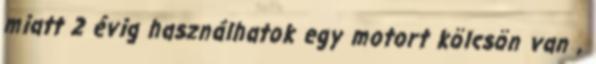
miatt 2 évig használhatok egy motort kölcsön van ,